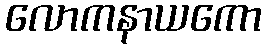
လောကနာယကော